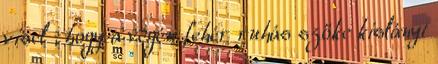
visel , hogy a végén fehér ruhás szőke kislányt